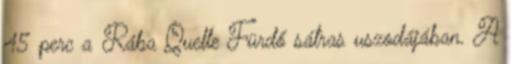
45 perc a Rába Quelle Fürdő sátras uszodájában. A